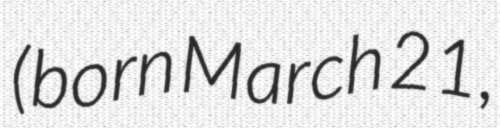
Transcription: (born March 21,